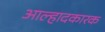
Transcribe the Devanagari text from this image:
आल्हादकारक